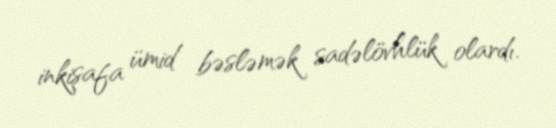
inkişafa ümid bəsləmək sadəlövhlük olardı.